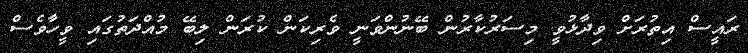
ރައީސް އިތުރަށް ވިދާޅުވީ މިސަރުކާރުން ބޭނުންވަނީ ވެރިކަން ކުރަން ލިބޭ މުއްދަތުގައި ވީހާވެސް